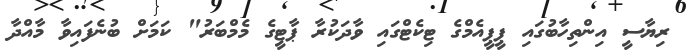
ރިޔާސީ އިންތިހާބުގައި ޕީޕީއެމްގެ ޓިކެޓްގައި ވާދަކުރާ ޕާޓީގެ މެމްބަރު" ކަމަށް ބުނެފައިވާ މާއްދާ